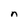
Character: n